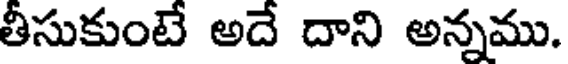
తీసుకుంటే అదే దాని అన్నము.